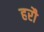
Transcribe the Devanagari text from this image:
हरौ